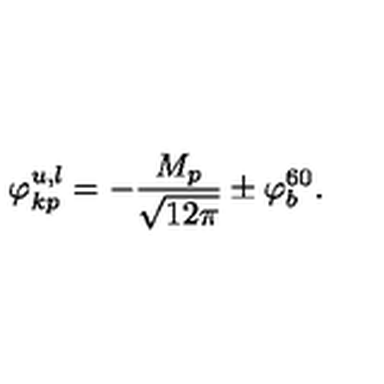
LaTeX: \varphi _ { k p } ^ { u , l } = - \frac { M _ { p } } { \sqrt { 1 2 \pi } } \pm \varphi _ { b } ^ { 6 0 } .